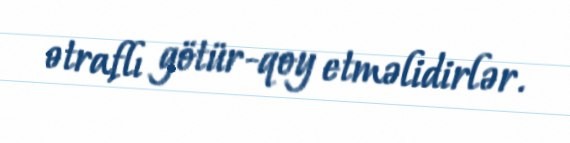
ətraflı götür-qoy etməlidirlər.